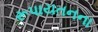
રૂપાયતનના